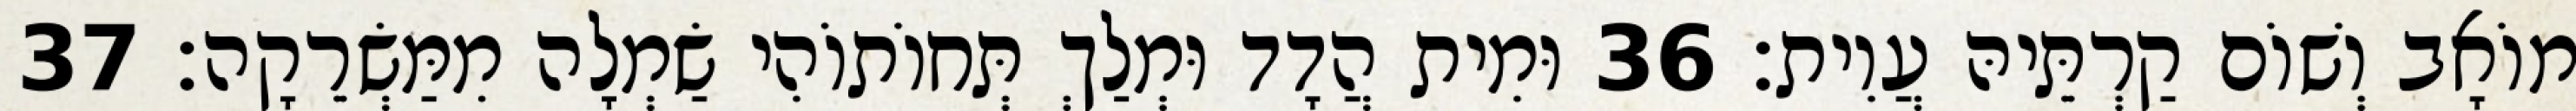
מוֹאָב וְשׁוֹם קַרְתֵּיהּ עֲוִית׃ 36 וּמִית הֲדָד וּמְלַךְ תְּחוֹתוֹהִי שַׂמְלָה מִמַּשְׂרֵקָה׃ 37